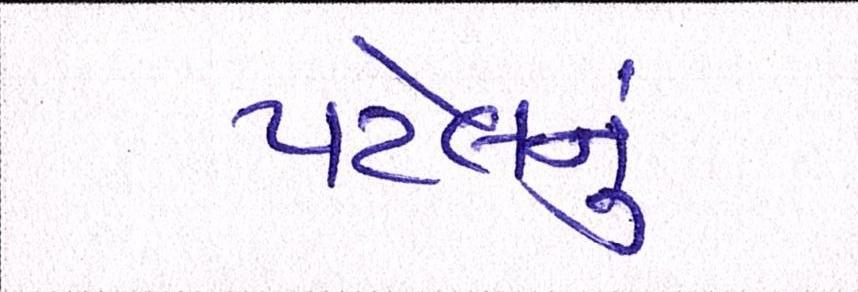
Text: પટેલનું